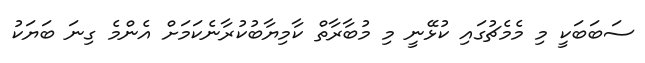
ސަބަބަކީ މި މެމެޗުގައި ކުޅޭނީ މި މުބާރާތް ކާމިޔާބުކުރާނެކަމަށް އެންމެ ގިނަ ބަޔަކު